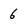
Character: 6